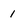
Character: 1